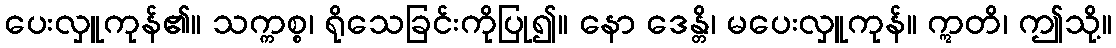
ပေးလှူကုန်၏။ သက္ကစ္စ၊ ရိုသေခြင်းကိုပြု၍။ နော ဒေန္တိ၊ မပေးလှူကုန်။ ဣတိ၊ ဤသို့။